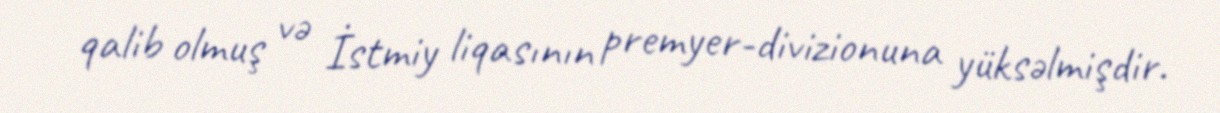
qalib olmuş və İstmiy liqasının premyer-divizionuna yüksəlmişdir.